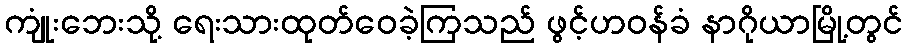
ကျုံးဘေးသို့ ရေးသားထုတ်ဝေခဲ့ကြသည် ဖွင့်ဟဝန်ခံ နာဂိုယာမြို့တွင်